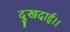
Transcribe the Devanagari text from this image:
दुखदाई।।